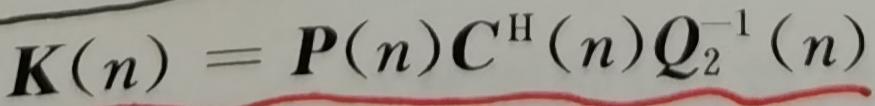
$\boldsymbol{K}(n)=\boldsymbol{P}(n)\boldsymbol{C}^{\mathrm{H}}(n)\boldsymbol{Q}_{2}^{-1}(n)$